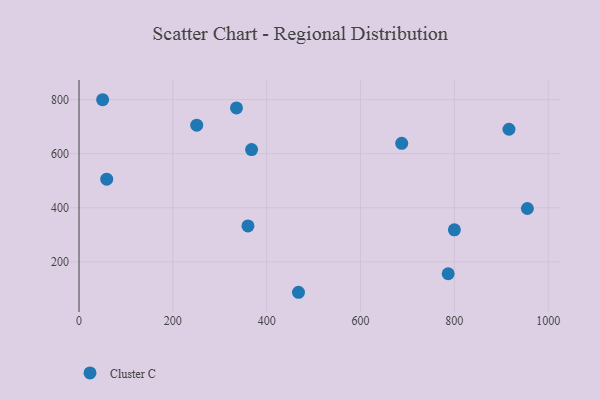
{"axis": {"x": "Speed", "y": "Sales"}, "legend": ["Cluster C"], "data": [{"x": "955.7", "y": 397.1, "type": "Cluster C"}, {"x": "367.8", "y": 615.1, "type": "Cluster C"}, {"x": "335.6", "y": 769.2, "type": "Cluster C"}, {"x": "687.8", "y": 638.3, "type": "Cluster C"}, {"x": "360.1", "y": 332.5, "type": "Cluster C"}, {"x": "250.9", "y": 705.4, "type": "Cluster C"}, {"x": "50.3", "y": 799.7, "type": "Cluster C"}, {"x": "467.8", "y": 87.1, "type": "Cluster C"}, {"x": "800.1", "y": 318.2, "type": "Cluster C"}, {"x": "59.0", "y": 505.6, "type": "Cluster C"}, {"x": "786.9", "y": 155.6, "type": "Cluster C"}, {"x": "916.5", "y": 690.5, "type": "Cluster C"}]}